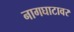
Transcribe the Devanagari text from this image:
नागघाटावर